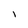
Character: l